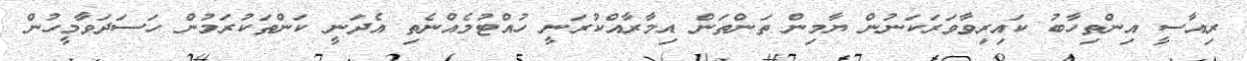
ރިއާސީ އިންތިހާބު ކައިރިވާވަރަކަނުން ޔާމިން ތަންތަން އިމާރާއްކުރަނީ ހުއްޓުމެއްނެތި އެދަނީ ކަންތަކުރަމުން ހަސަދަވާމީހުން